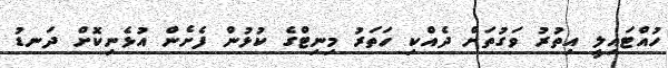
ހުއްޓައިލީ އިތުރު ވަގުތަށް ދެއްކި ހަތަރު މިނިޓްގެ ކުޅުން ފެށެން އުޅެނިކޮށް ދަނޑު